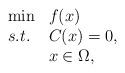
LaTeX: \begin{align*}\begin{array}{ll}{\min}&f(x)\\s.t.&C(x)=0,\\&x\in \Omega,\end{array}\end{align*}